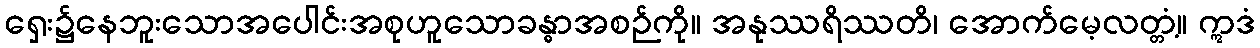
ရှေး၌နေဘူးသောအပေါင်းအစုဟူသောခန္ဓာအစဉ်ကို။ အနုဿရိဿတိ၊ အောက်မေ့လတ္တံ့။ ဣဒံ